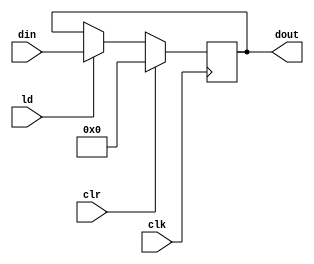
`timescale 1ns / 1ps
module pipo2(dout,din,ld,clr,clk);

input [15:0] din;
input ld,clr,clk;
output reg [15:0] dout;
always @(posedge clk) begin

if(clr) dout<=16'b0000_0000_0000_0000;
else if(ld) dout<=din;  

end
endmodule